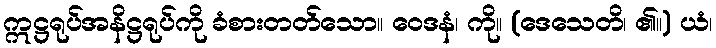
ဣဋ္ဌရုပ်အနိဋ္ဌရုပ်ကို ခံစားတတ်သော။ ဝေဒနံ၊ ကို။ (ဒေသေတိ၊ ၏။) ယံ၊